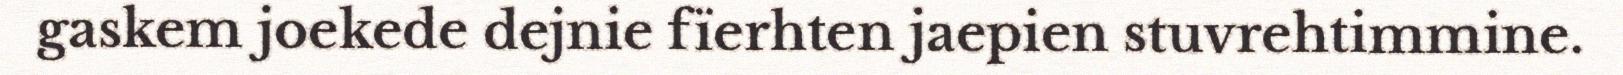
gaskem joekede dejnie fïerhten jaepien stuvrehtimmine.